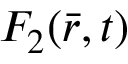
F _ { 2 } ( \bar { r } , t )